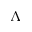
\Lambda